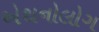
એથનોલોગ